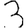
Digit: 3